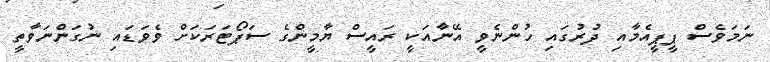
ނަމަވެސް ޕީޕީއެމާއި ދުރުގައި ހުންނެވީ އޭނާއަކީ ރައީސް ޔާމީންގެ ސަޕޯޓަރަކަށް ވެވަޑައި ނުގަންނަވާތީ